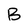
Character: B